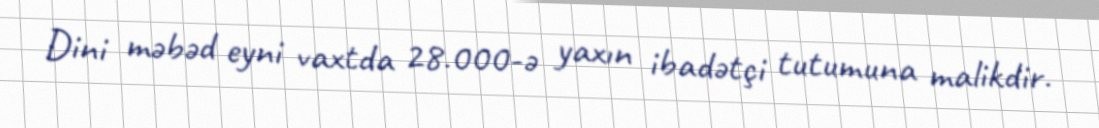
Dini məbəd eyni vaxtda 28.000-ə yaxın ibadətçi tutumuna malikdir.